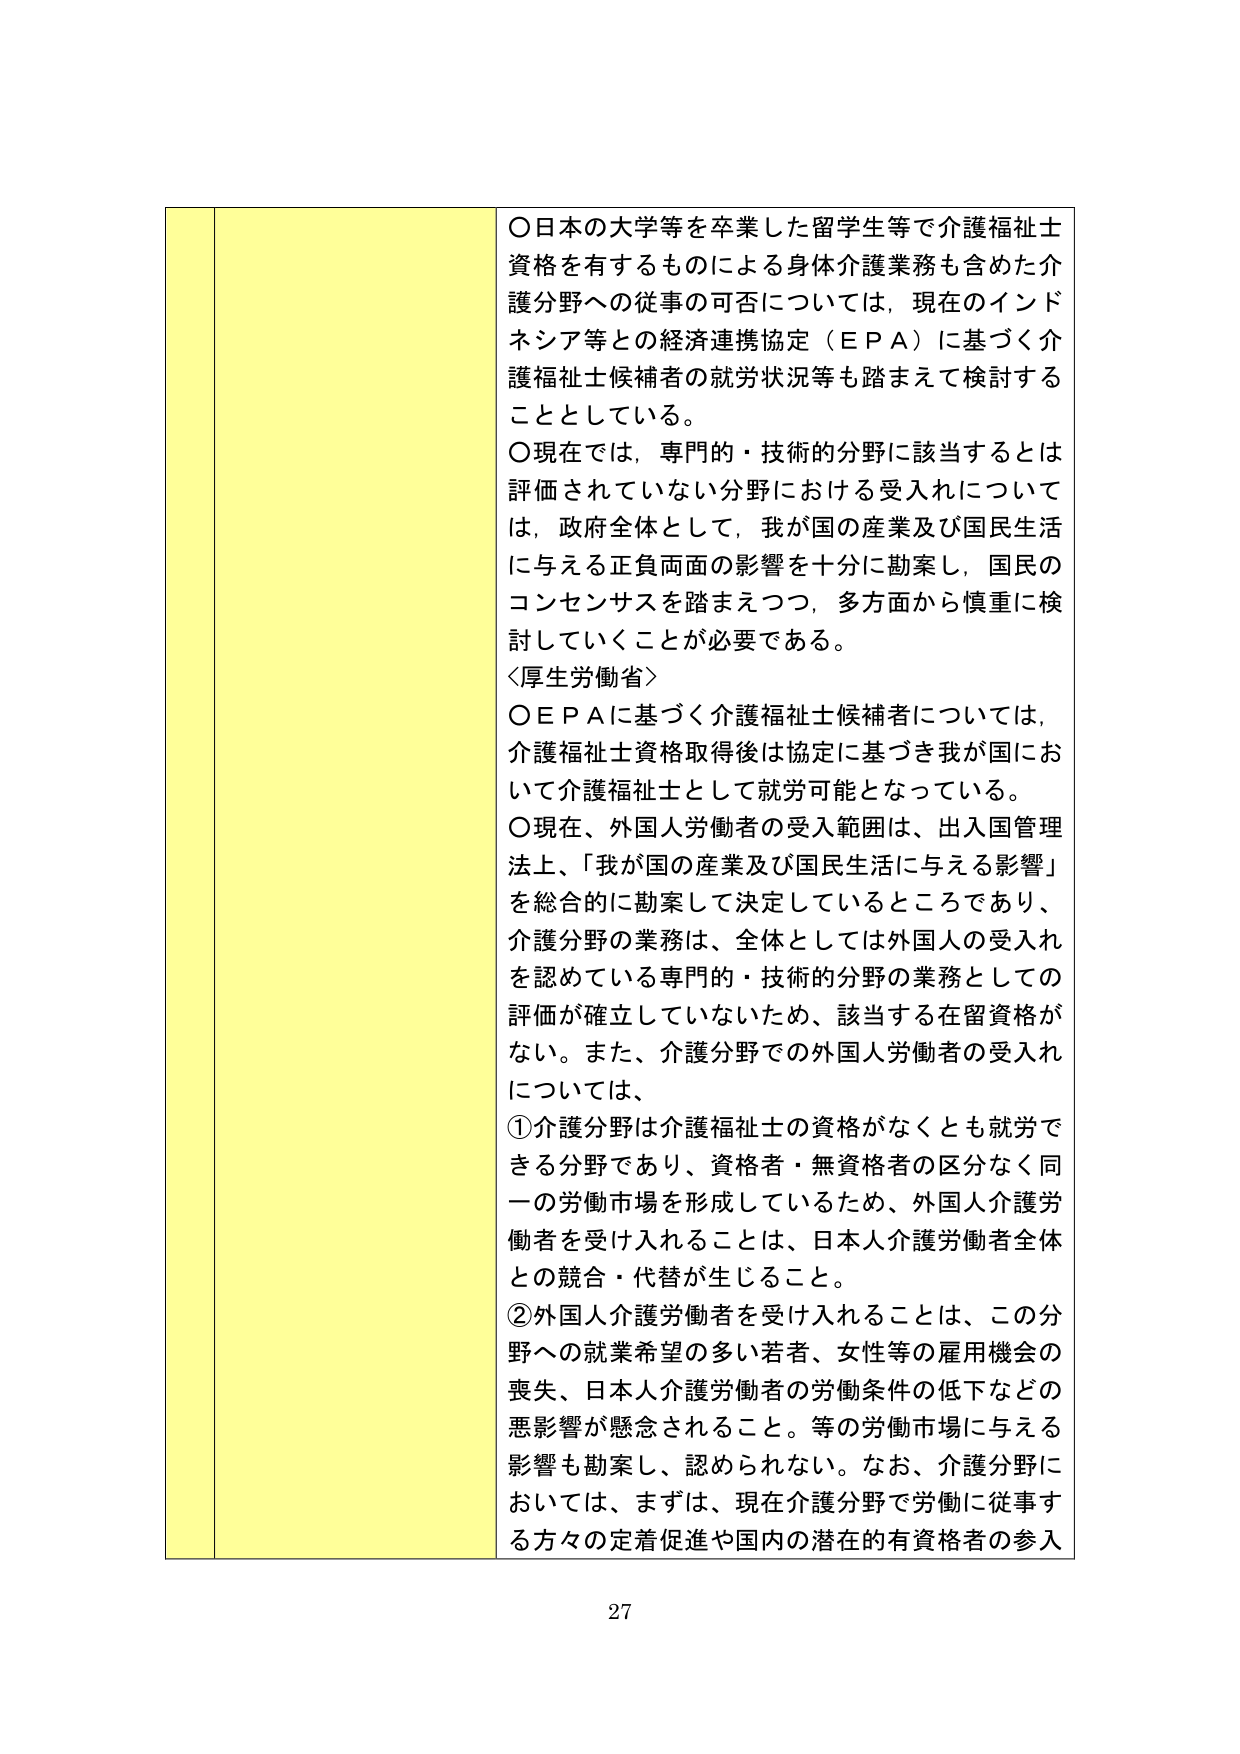
〇日本の大学等を卒業した留学生等で介護福祉士資格を有するものによる身体介護業務も含めた介護分野への従事の可否については、現在のインドネシア等との経済連携協定（ＥＰＡ）に基づく介護福祉士候補者の就労状況等も踏まえて検討することとしている。

〇現在では、専門的・技術的分野に該当するとは評価されていない分野における受入れについては、政府全体として、我が国の産業及び国民生活に与える正負両面の影響を十分に勘案し、国民のコンセンサスを踏まえつつ、多方面から慎重に検討していくことが必要である。

〈厚生労働省〉

〇ＥＰＡに基づく介護福祉士候補者については、介護福祉士資格取得後は協定に基づき我が国において介護福祉士として就労可能となっている。

〇現在、外国人労働者の受入範囲は、出入国管理法上、「我が国の産業及び国民生活に与える影響」を総合的に勘案して決定しているところであり、介護分野の業務は、全体としては外国人の受入れを認めている専門的・技術的分野の業務としての評価が確立していないため、該当する在留資格がない。また、介護分野での外国人労働者の受入れについては、

①介護分野は介護福祉士の資格がなくとも就労できる分野であり、資格者・無資格者の区分なく同一の労働市場を形成しているため、外国人介護労働者を受け入れることは、日本人介護労働者全体との競合・代替が生じること。

②外国人介護労働者を受け入れることは、この分野への就業希望の多い若者、女性等の雇用機会の喪失、日本人介護労働者の労働条件の低下などの悪影響が懸念されること。等の労働市場に与える影響も勘案し、認められない。なお、介護分野においては、まずは、現在介護分野で労働に従事する方々の定着促進や国内の潜在的有資格者の参入

27